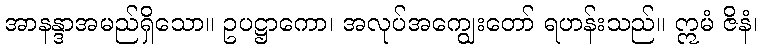
အာနန္ဒာအမည်ရှိသော။ ဥပဋ္ဌာကော၊ အလုပ်အကျွေးတော် ရဟန်းသည်။ ဣမံ ဇိနံ၊